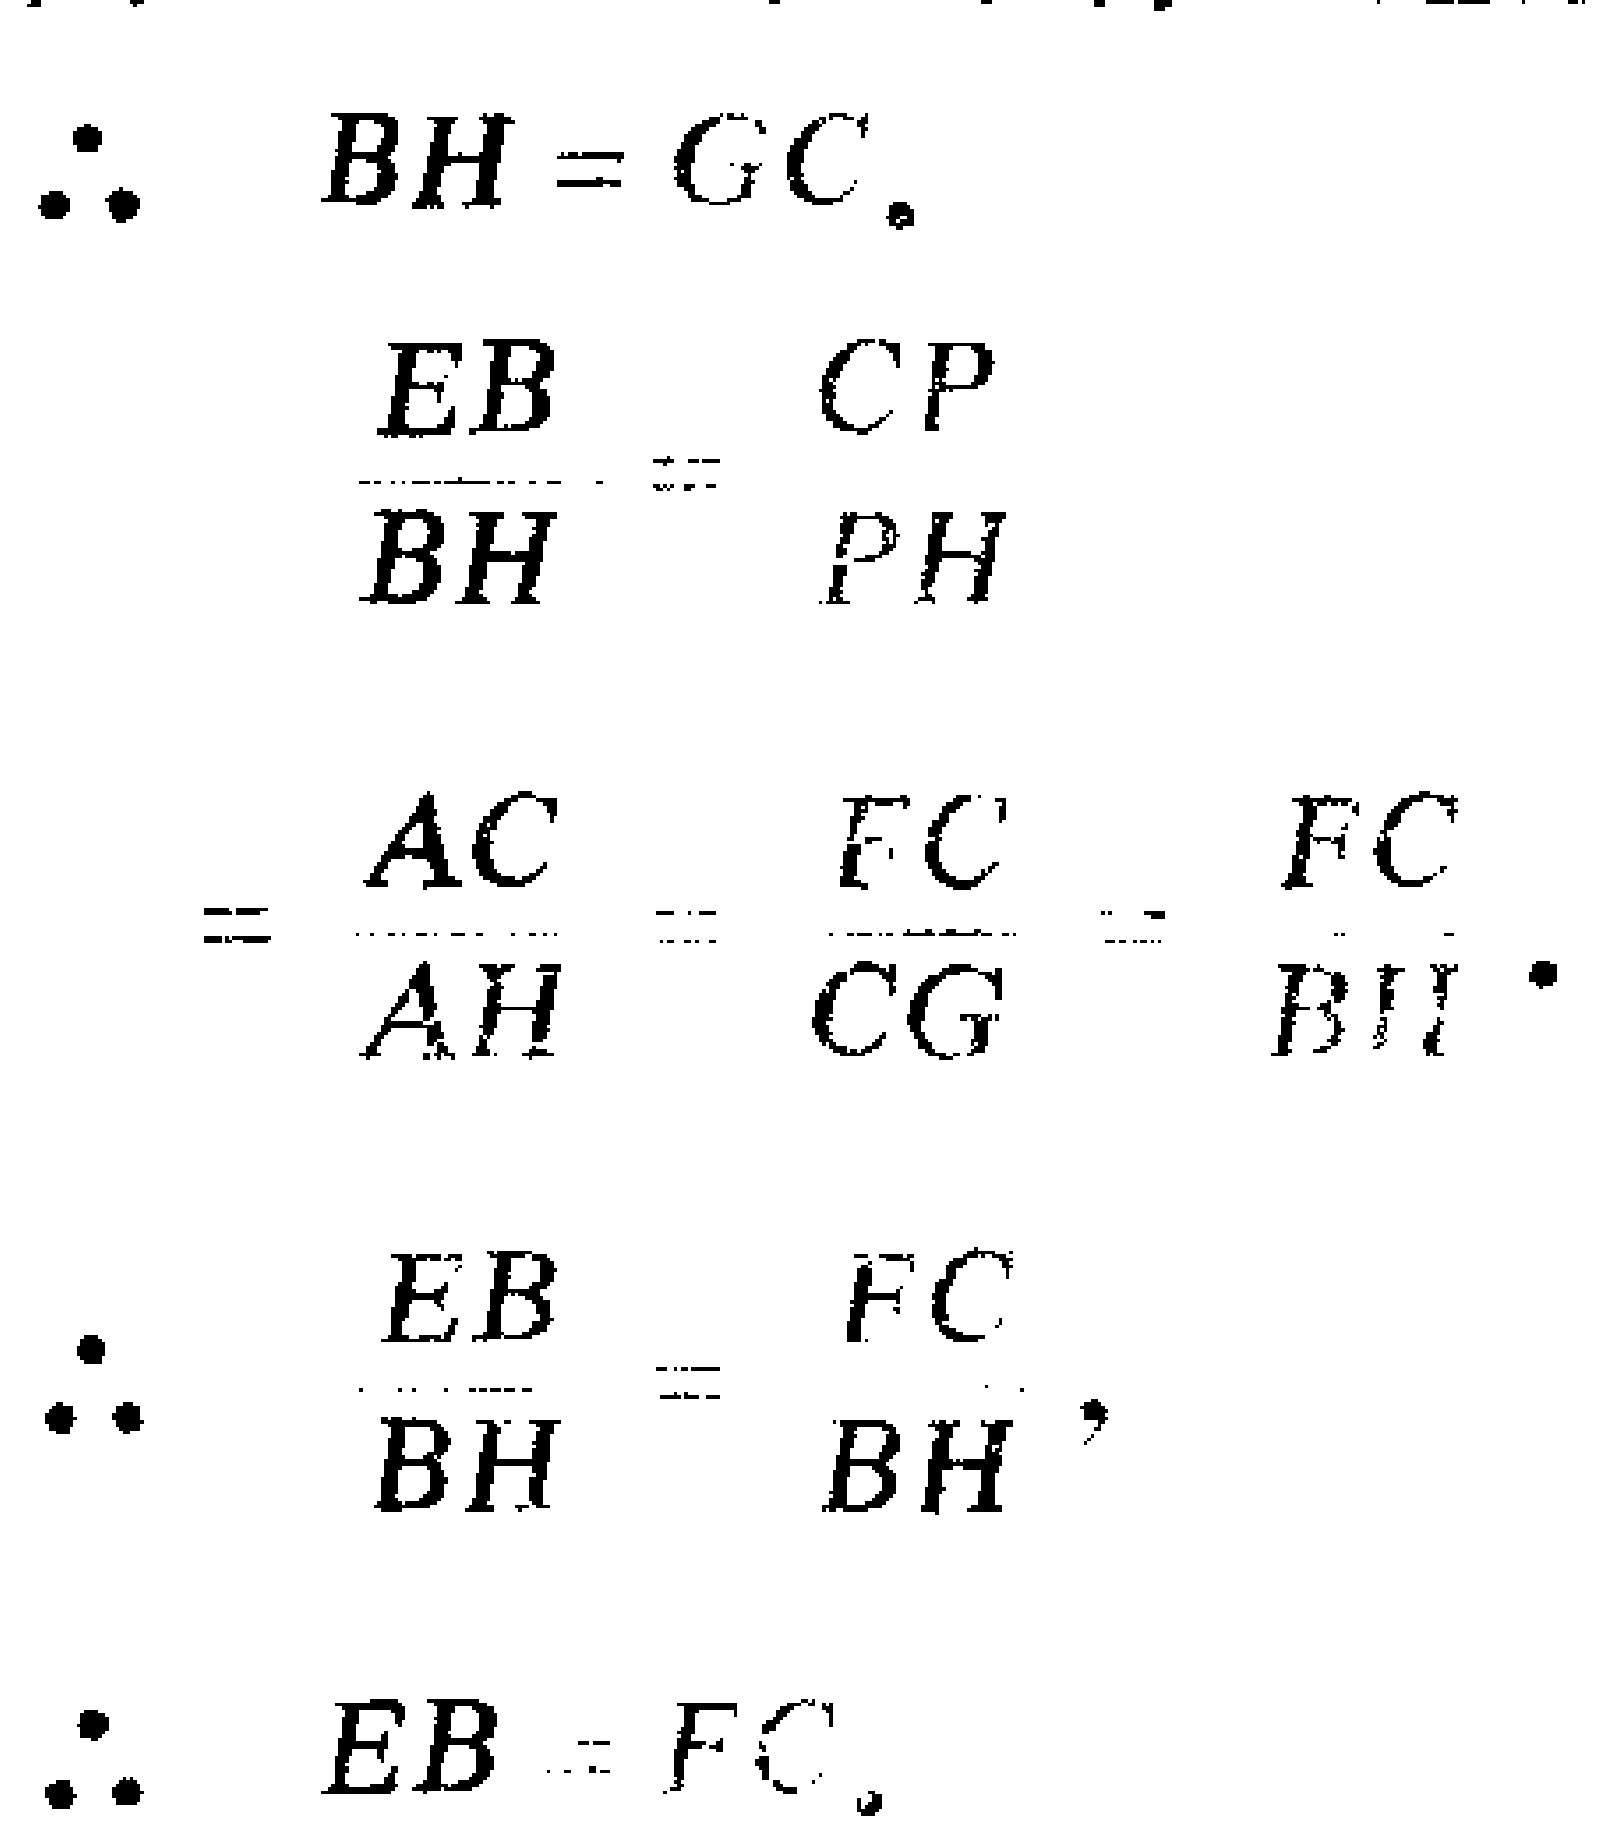
\[
\begin{align*}
&\therefore\quad BH = GC.\\
&\frac{EB}{BH}=\frac{CP}{PH}\\
&=\frac{AC}{AH}=\frac{FC}{CG}=\frac{FC}{BH}.\\
&\therefore\quad \frac{EB}{BH}=\frac{FC}{BH},\\
&\therefore\quad EB = FC.
\end{align*}
\]